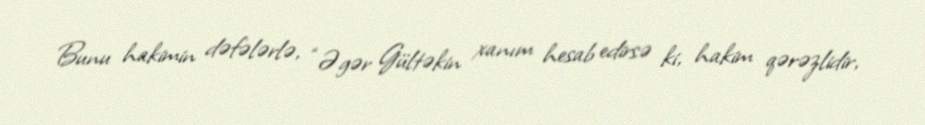
Bunu hakimin dəfələrlə, “Əgər Gültəkin xanım hesab edirsə ki, hakim qərəzlidir,